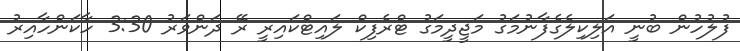
ފުލުހުން ބުނީ އަލިކިލެގެފާނުމަގު މަޖީދީމަގު ޓްރެފިކް ލައިޓްކައިރީ ރޭ ދަންވަރު 3:30 ހާކަންހާއިރު